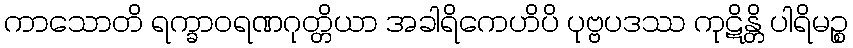
ကာသောတိ ရက္ခာဝရဏဂုတ္တိယာ အခါရိကေဟိပိ ပုဗ္ဗပဒဿ ကုဋိန္တိ ပါရိမဉ္စ